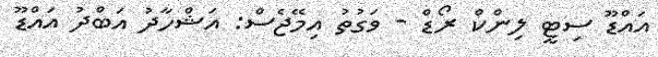
އައްޑޫ ސިޓީ ލިންކް ރޯޑް - ވަގުތު އިމޭޖެސް: އަޝްހާދު އަބްދު އައްޑޫ